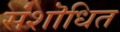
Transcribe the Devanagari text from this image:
संशॊधित